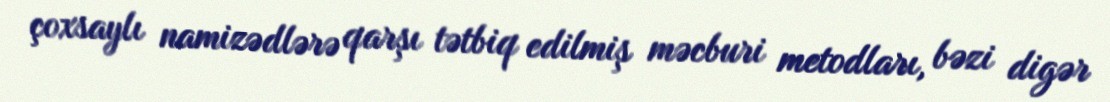
çoxsaylı namizədlərə qarşı tətbiq edilmiş məcburi metodları, bəzi digər